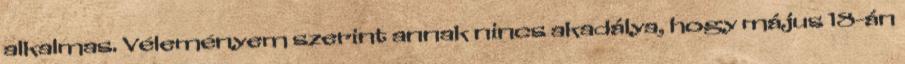
alkalmas. Véleményem szerint annak nincs akadálya, hogy május 18-án